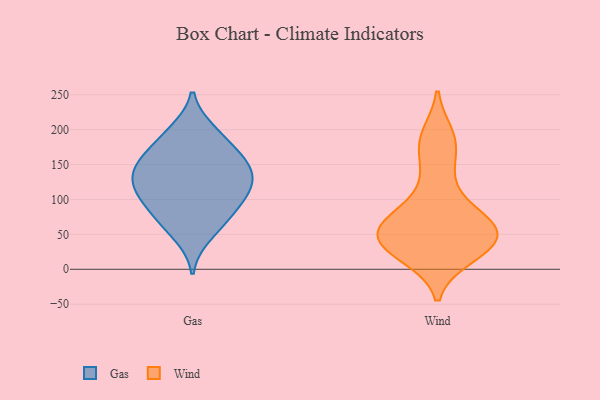
{"axis": {"x": "Revenue (USD Million)", "y": "Value"}, "legend": ["Gas", "Wind"], "data": [{"x": "", "y": 72, "type": "Gas"}, {"x": "", "y": 157, "type": "Gas"}, {"x": "", "y": 93, "type": "Gas"}, {"x": "", "y": 193, "type": "Gas"}, {"x": "", "y": 142, "type": "Gas"}, {"x": "", "y": 105, "type": "Gas"}, {"x": "", "y": 121, "type": "Gas"}, {"x": "", "y": 113, "type": "Gas"}, {"x": "", "y": 74, "type": "Gas"}, {"x": "", "y": 137, "type": "Gas"}, {"x": "", "y": 124, "type": "Gas"}, {"x": "", "y": 48, "type": "Gas"}, {"x": "", "y": 199, "type": "Gas"}, {"x": "", "y": 164, "type": "Gas"}, {"x": "", "y": 160, "type": "Gas"}, {"x": "", "y": 50, "type": "Wind"}, {"x": "", "y": 192, "type": "Wind"}, {"x": "", "y": 81, "type": "Wind"}, {"x": "", "y": 18, "type": "Wind"}, {"x": "", "y": 79, "type": "Wind"}, {"x": "", "y": 176, "type": "Wind"}, {"x": "", "y": 35, "type": "Wind"}, {"x": "", "y": 24, "type": "Wind"}, {"x": "", "y": 61, "type": "Wind"}, {"x": "", "y": 133, "type": "Wind"}, {"x": "", "y": 51, "type": "Wind"}, {"x": "", "y": 48, "type": "Wind"}]}